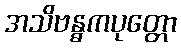
အသိဗန္ဓကပုတ္တော